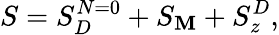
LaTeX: S=S_{D}^{N=0}+S_{\mathbf{M}}+S_{z}^{D},